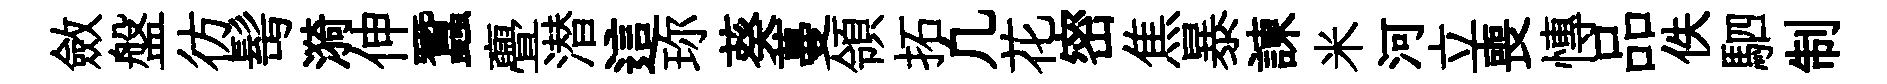
斂盤彷髩漪伸蠶亹潜這珎葵蔓領拓凢花密焦暴諫米河立喪慱品佚駟制